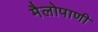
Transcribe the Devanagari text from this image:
मैलोपाणी